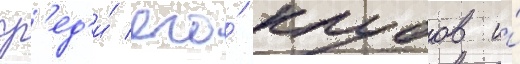
ср'ед'и́ его́ клубов и́